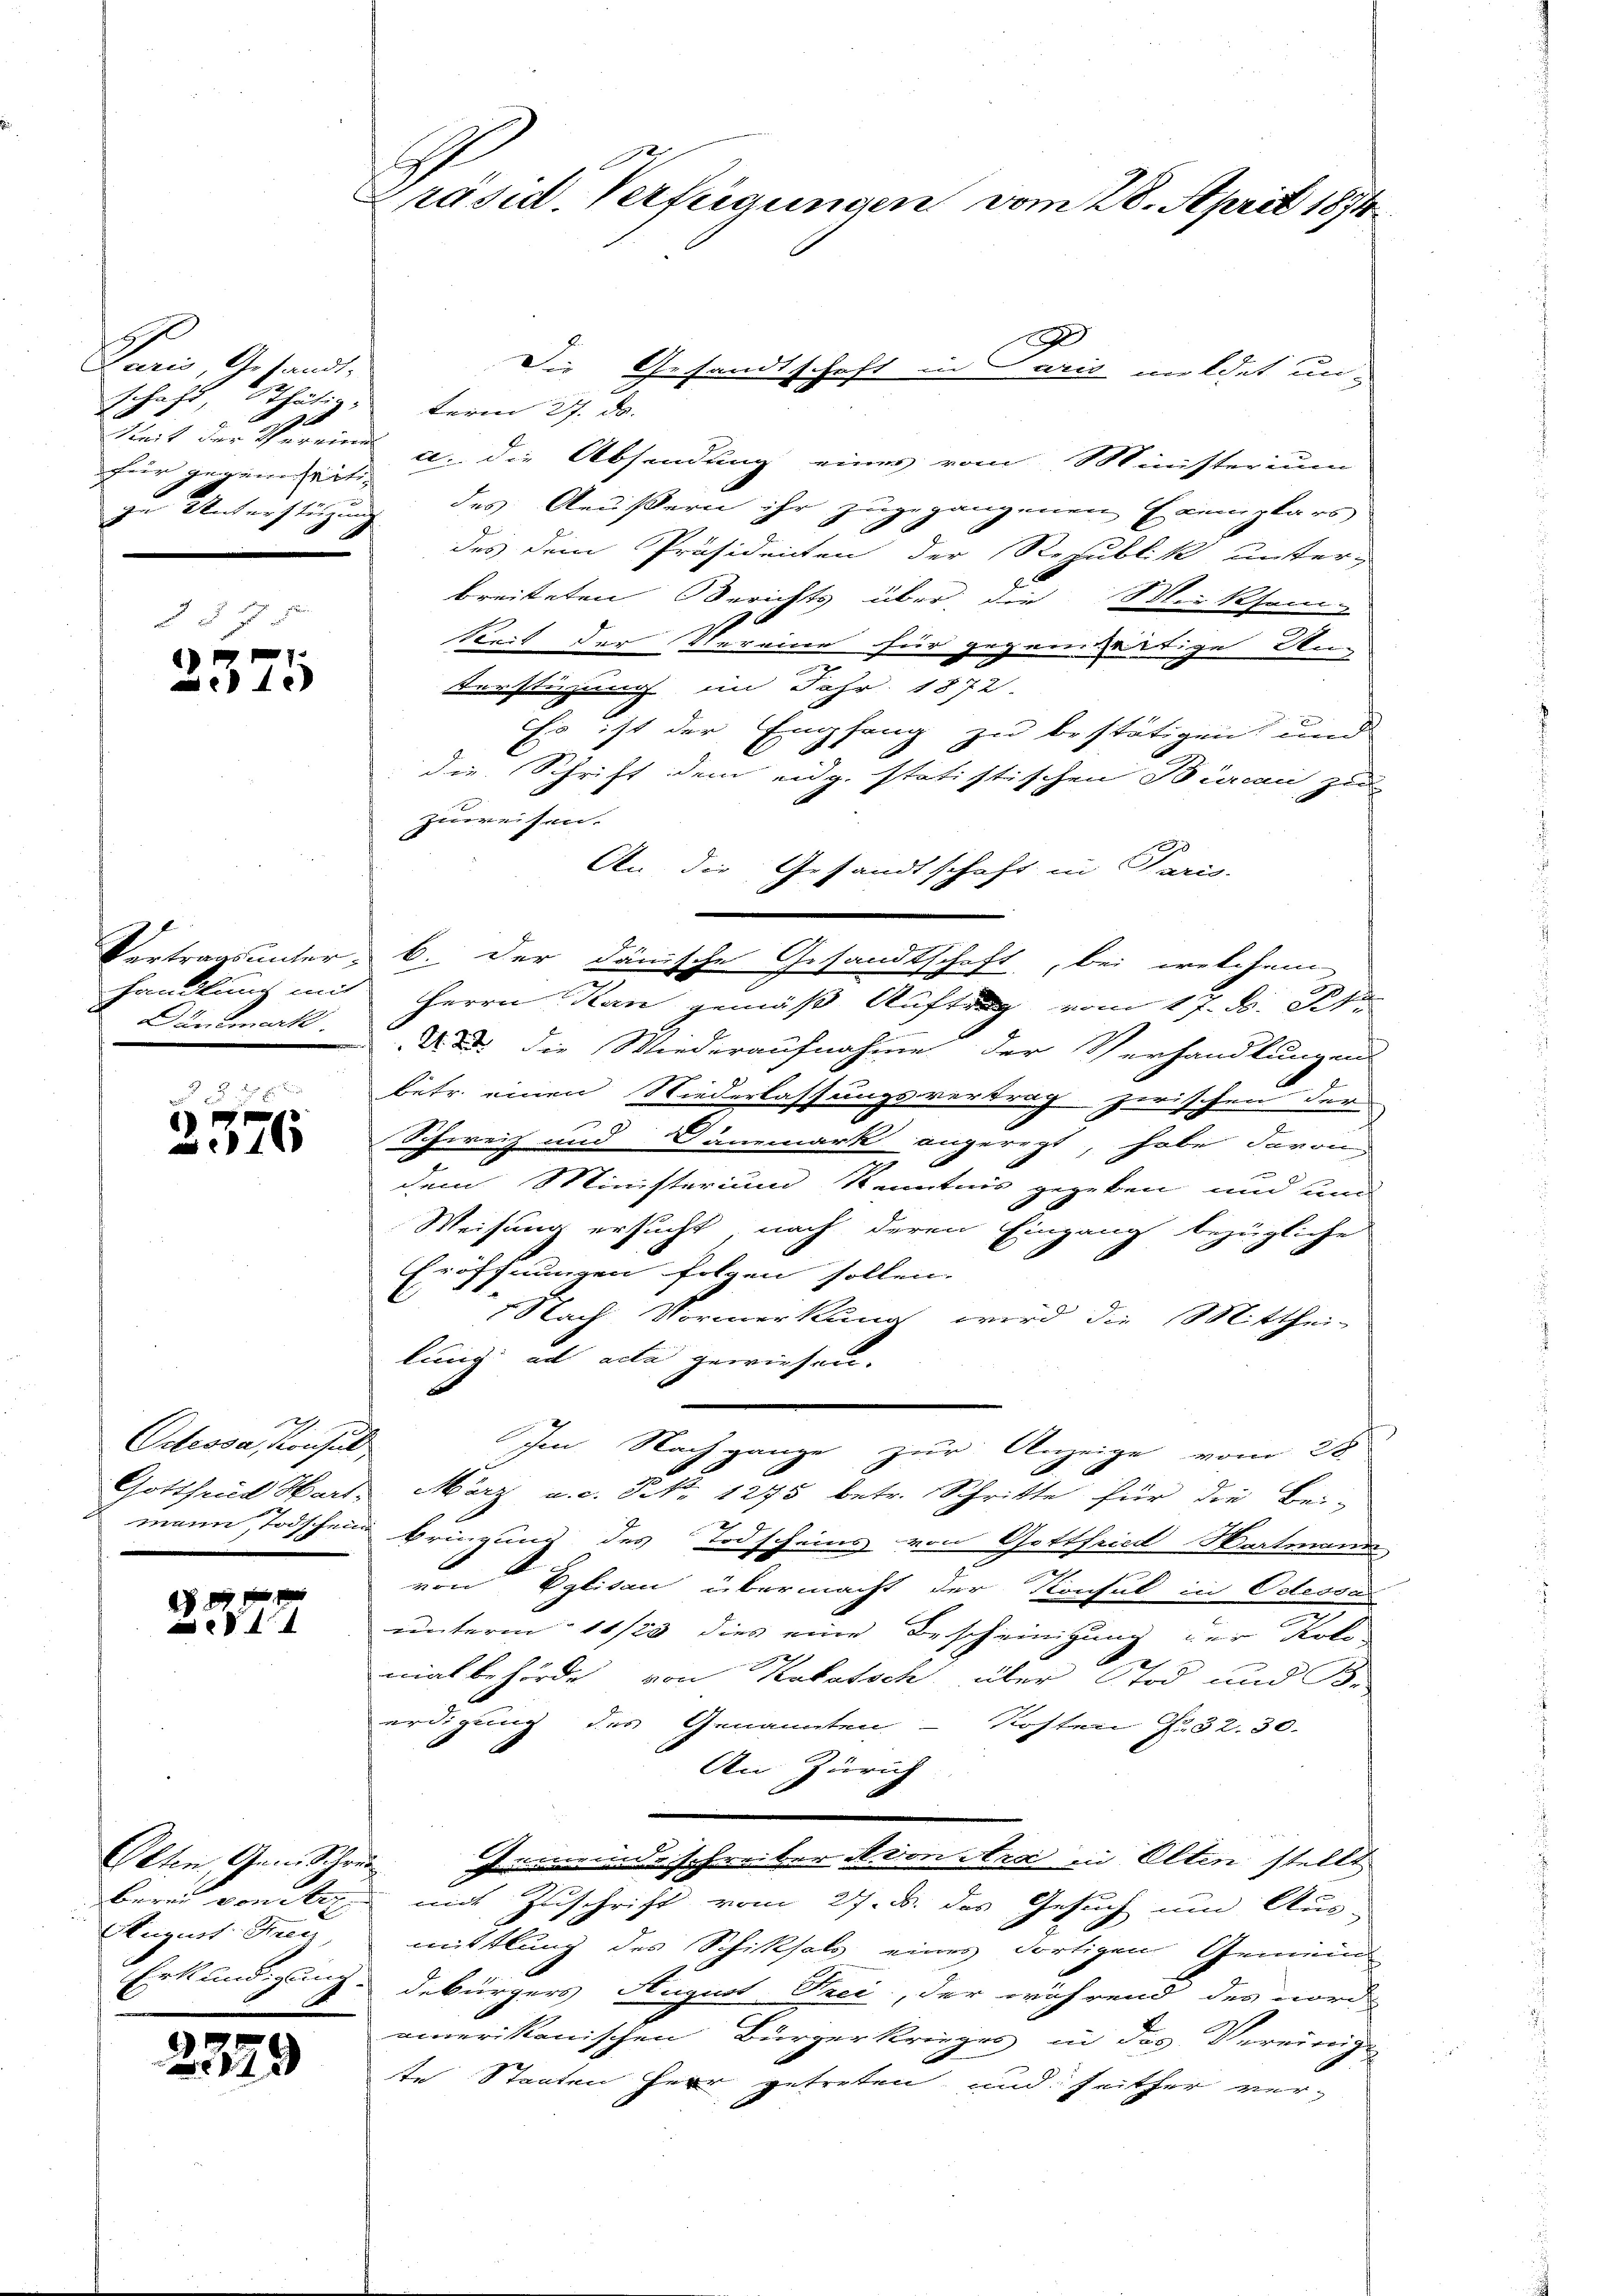
Paris Gesandt.
schaft thätig
keit der Verried
hug gegenheit
zu Unterstützung

2375

Vortragsunterhandlung mit
Dänemark

32
2576

Odessa, Konsul
Gottheil Hart.
mann, Todschein

.
4)
14

Otten Gen. Schön
berei von Herz
August Strec
Erkundigung.
.

2379

G
Präsid Verfügungen vom 28. April 187.

2
Die Gesandtschaft in aus mildet unterm 27. ds. |
c. die Absendung eines vom Ministerium
des Aeußern ihr zugegangenen Exemplars
des dem Präsidenten der Republik unter-
breiteten Berichts über die Wirksam-
Seit der 4. erme für gegenwärtige Un-
terstüzung im Jahr 1872.
Es ist der Empfang zu bestätigen und
die Schrift dem eidg. statistischen Burcan zu
zuweisen.
An die Gesandtschaft in Paris.
b der dänische Gesandtschaft, bei welchem
Herrn Kan gemäß Auftrag vom 17. d. St.
Und die Wiederaufnahme der Verhandlungens
betr. einen Niederlassungsvertrag zwischen der
Schweiz und Danemark angeregt, habe davon
dem Ministerium Kenntnis gegeben und und
Weisung ersucht, nach deren Eingang bezügliche
Eröffnungen folgen sollen.
Nach Vormerkung wird die Mitthei-
lung ad acta gewiesen. |
Im Nach ganze zur Anzeige vom 28.
März a.c. P. 1275 betr. Schritte für die Bei-
Bringung des Todscheins von Gottfried Wartmann
.
von Eglisau übermacht der Konsul in Odessar
unterm 11/20 dies eine Bescheinigung der Kolo-
2
matbehörde von Katatsch über Tod und Br
erdigung des Genannten - Kosten No. 32. 30.
An Zürich
Gemeindsschreiber A. von Ars in Elten stellt
mit Zuschrift vom 27. ds. das Gesuch um Aus-
mittlung des Schicksals eines dortigen Gemeind
debürgers August Prei, der während des nord-
amerikanischen Bürgerkrieges in das Vereinigen
te Staaten Herr getreten, und seither ver¬